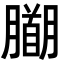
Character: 𭩍